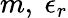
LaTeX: m,\ \epsilon_{r}